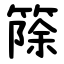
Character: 篨